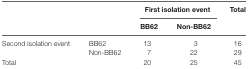
<table><thead><tr><td></td><td></td><td colspan="2"><b>First isolation event</b></td><td rowspan="2"><b>Total</b></td></tr><tr><td></td><td></td><td><b>BB62</b></td><td><b>Non-BB62</b></td></tr></thead><tbody><tr><td rowspan="2">Second isolation event</td><td>BB62</td><td>13</td><td>3</td><td>16</td></tr><tr><td>Non-BB62</td><td>7</td><td>22</td><td>29</td></tr><tr><td>Total</td><td></td><td>20</td><td>25</td><td>45</td></tr></tbody></table>